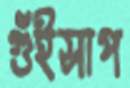
গুঁইসাপ